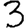
Digit: 3